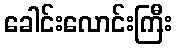
ခေါင်းလောင်းကြီး